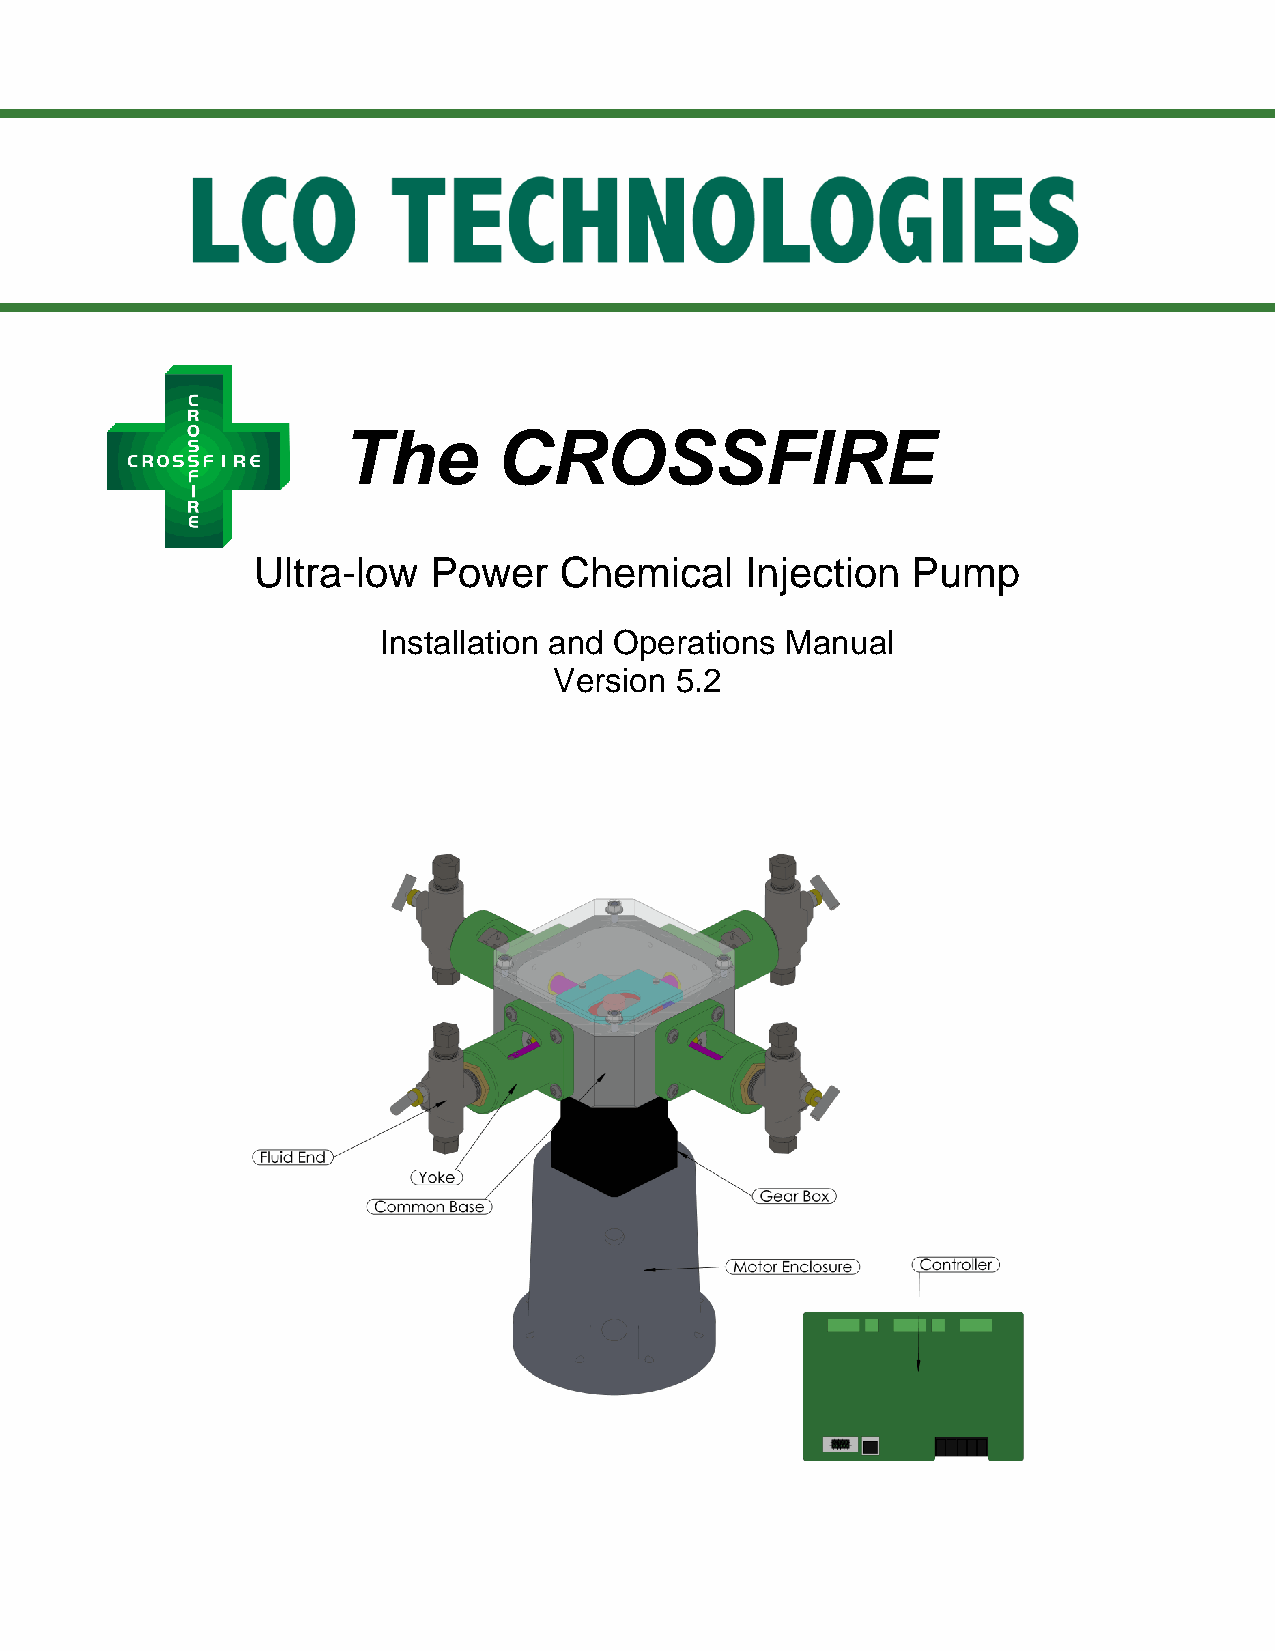
The       CROSSFIRE
 Ultra-low  Power    Chemical    Injection  Pump
 Installation and Operations Manual
 Version 5.2